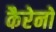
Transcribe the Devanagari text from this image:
कैरेनो